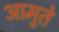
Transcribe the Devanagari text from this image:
आमुते